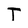
Character: T